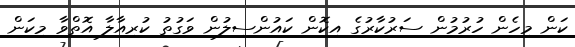
ކަން މިހެން ހުރުމުން ސަރުކާރުގެ އިކޮން ކައުންސިލުން ވަގުތު ކުރިއާލާ އޮތްވާ މިކަން